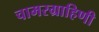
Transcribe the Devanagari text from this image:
चामरग्राहिणी